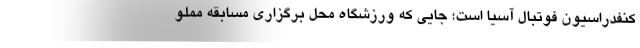
کنفدراسیون فوتبال آسیا است؛ جایی که ورزشگاه محل برگزاری مسابقه مملو